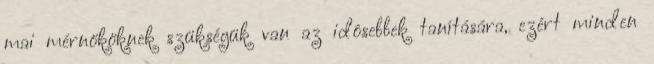
mai mérnököknek szükségük van az idôsebbek tanítására, ezért minden